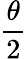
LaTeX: \frac{\theta}{2}